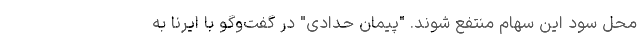
محل سود این سهام منتفع شوند. "پیمان حدادی" در گفت‌وگو با ایرنا به